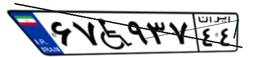
۶۷W۹۳۷۴۴